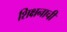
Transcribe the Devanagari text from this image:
शिक्षनाची